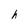
Character: h